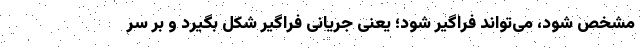
مشخص شود، می‌تواند فراگیر شود؛ یعنی جریانی فراگیر شکل بگیرد و بر سر